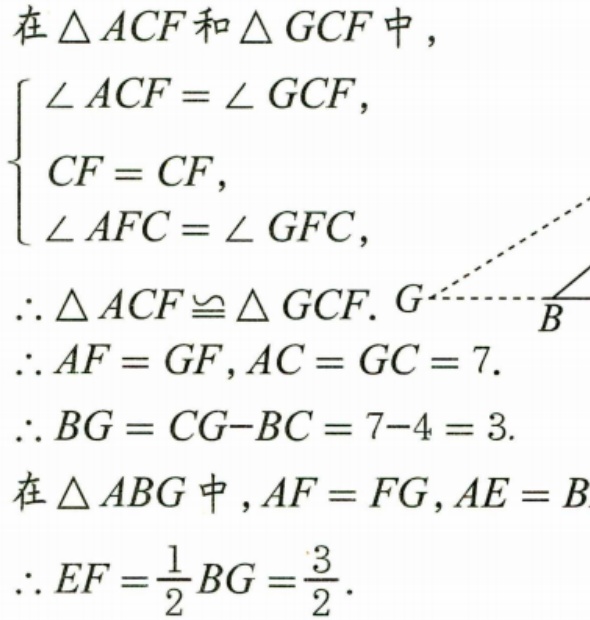
在\(\triangle ACF\)和\(\triangle GCF\)中，
\[
\begin{cases}
\angle ACF = \angle GCF, \\
CF = CF, \\
\angle AFC = \angle GFC,
\end{cases}
\]
\(\therefore \triangle ACF\cong \triangle GCF.\)
\(\therefore AF = GF, AC = GC = 7.\)
\(\therefore BG = CG - BC = 7 - 4 = 3.\)
在\(\triangle ABG\)中，\(AF = FG, AE = BE\)
\(\therefore EF = \frac{1}{2}BG = \frac{3}{2}.\)